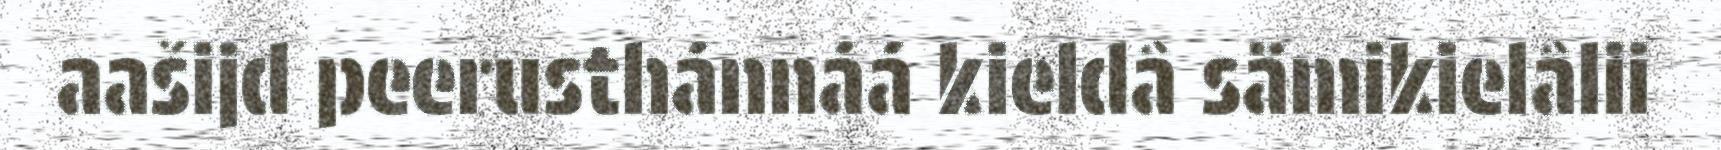
aašijd peerusthánnáá kieldâ sämikielâlii